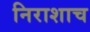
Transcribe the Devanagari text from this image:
निराशाच